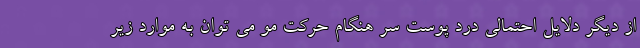
از دیگر دلایل احتمالی درد پوست سر هنگام حرکت مو می توان به موارد زیر